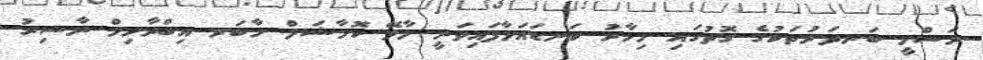
ރަސްމީ ބަނދަރުތަކުގެ ގޮތުގައި މިހާރު ކަނޑައަޅާފައިވަނީ މާލޭ ކޮމާޝަލް ހާބަރ އިބްރާހިމް ނާސިރު